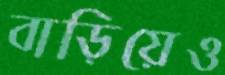
বাড়িয়েও